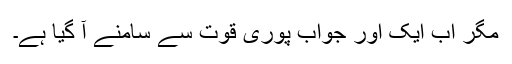
مگر اب ایک اور جواب پوری قوت سے سامنے آ گیا ہے۔